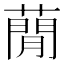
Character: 蕑